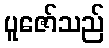
ပူဇော်သည်